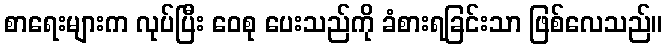
စာရေးများက လုပ်ပြီး ဝေစု ပေးသည်ကို ခံစားရခြင်းသာ ဖြစ်လေသည်။